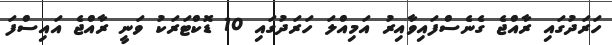
ހަރަދުގައި ރާއްޖެ ގެނެސްފައިވާއިރު އަމިއްލަ ހަރަދުގައި 10 ޑޮކްޓަރަކު ވަނީ ރާއްޖެ އައިސްފަ